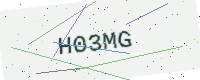
Text: H03MG